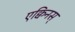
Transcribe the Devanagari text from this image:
एक्विनस्